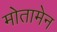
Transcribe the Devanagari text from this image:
मोतामेन